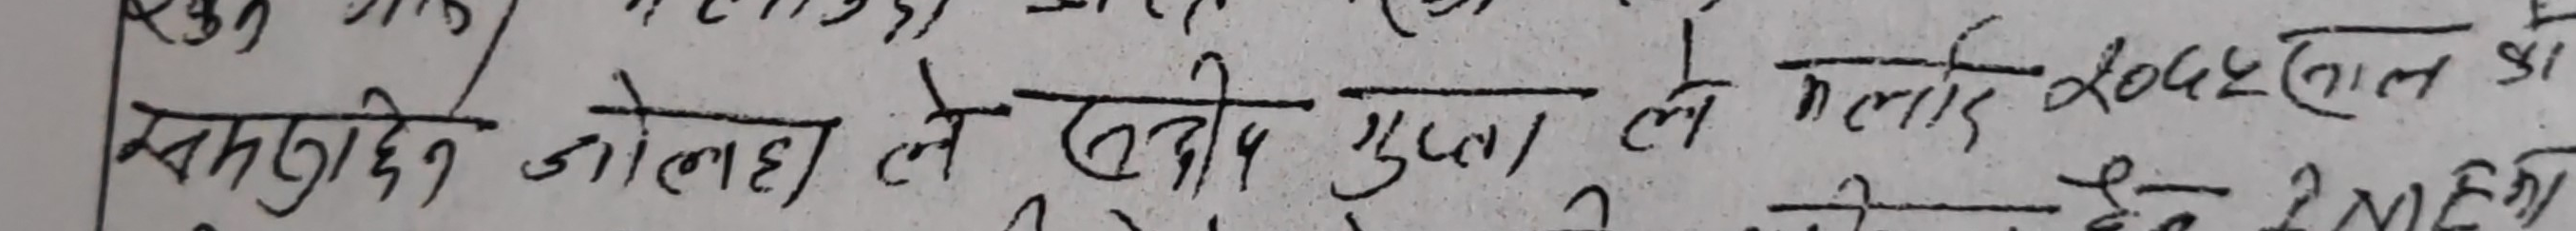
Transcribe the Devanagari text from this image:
मसुद्धि जोलाह ले रत्ती मुला ले मलाइ जो अकबर लाल को